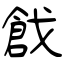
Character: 戧